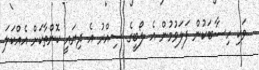
ވަކި ހިސާބަކުން ފަލަވުމުން އެ ލޯބީގެ ސިއްރު އެ ދިޔައީ ކޮންތާކަށް އެއްކަލަ